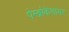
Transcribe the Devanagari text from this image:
पेम्ब्रोकेशायर